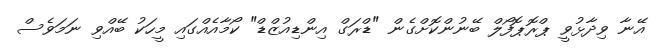
އޭނާ ވިދާޅުވީ ޕްރޮޕޮފޯލް ބޭނުންކޮށްގެން "ޑްރަގް އިންޑިއުޒްޑް" ކޯމާއެއްގައި މީހަކު ބޭއްވި ނަމަވެސް